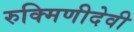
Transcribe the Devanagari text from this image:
रुक्मिणीदेवी